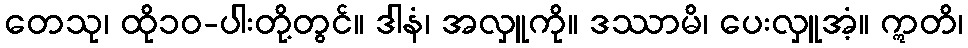
တေသု၊ ထို၁၀-ပါးတို့တွင်။ ဒါနံ၊ အလှူကို။ ဒဿာမိ၊ ပေးလှူအံ့။ ဣတိ၊